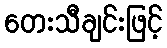
တေးသီချင်းဖြင့်